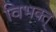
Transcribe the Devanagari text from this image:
विभक्त्